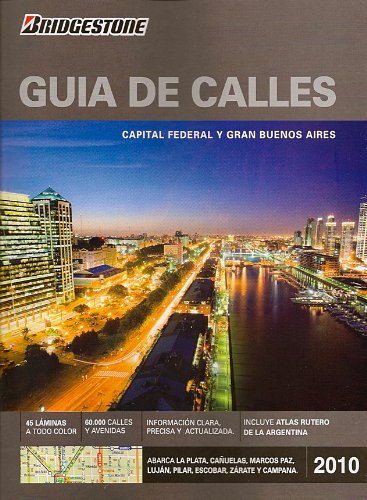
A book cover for Buenos Aires: Guia de calles Bridgestone 2010 (Spanish Edition); Pablo Curti; Travel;